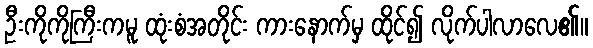
ဦးကိုကိုကြီးကမူ ထုံးစံအတိုင်း ကားနောက်မှ ထိုင်၍ လိုက်ပါလာလေ၏။